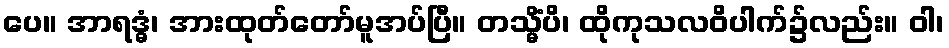
ပေ။ အာရဒ္ဓံ၊ အားထုတ်တော်မူအပ်ပြီ။ တသ္မိံပိ၊ ထိုကုသလဝိပါက်၌လည်း။ ဝါ၊